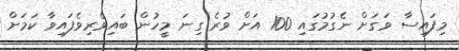
މިފައިސާ ވަގަށް ނެގުމުގައި 100 އަށް ވުރެ ގިނަ މީހުން ބައިވެރިވެފައިވާ ކަމަށް